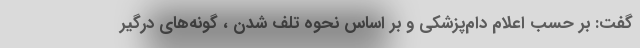
گفت: بر حسب اعلام دام‌پزشکی و بر اساس نحوه تلف شدن ، گونه‌های درگیر